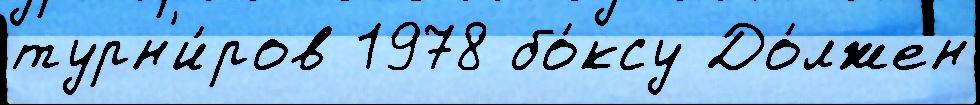
турн'и́ров 1978 бо́ксу До́лжен